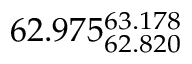
6 2 . 9 7 5 _ { 6 2 . 8 2 0 } ^ { 6 3 . 1 7 8 }